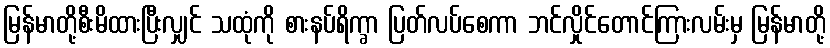
မြန်မာတို့စီးမိထားပြီးလျှင် သထုံကို စားနပ်ရိက္ခာ ပြတ်လပ်စေကာ ဘင်လှိုင်တောင်ကြားလမ်းမှ မြန်မာတို့